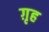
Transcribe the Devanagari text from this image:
ग़ृह